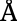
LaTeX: \textrm{Å}